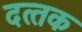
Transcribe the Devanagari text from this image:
दत्‍तक